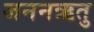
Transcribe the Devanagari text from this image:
जननऋतु